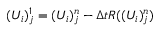
( U _ { i } ) _ { j } ^ { 1 } = ( U _ { i } ) _ { j } ^ { n } - \Delta t R ( ( U _ { i } ) _ { j } ^ { n } )